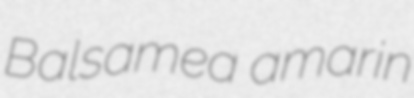
Balsamea amarin